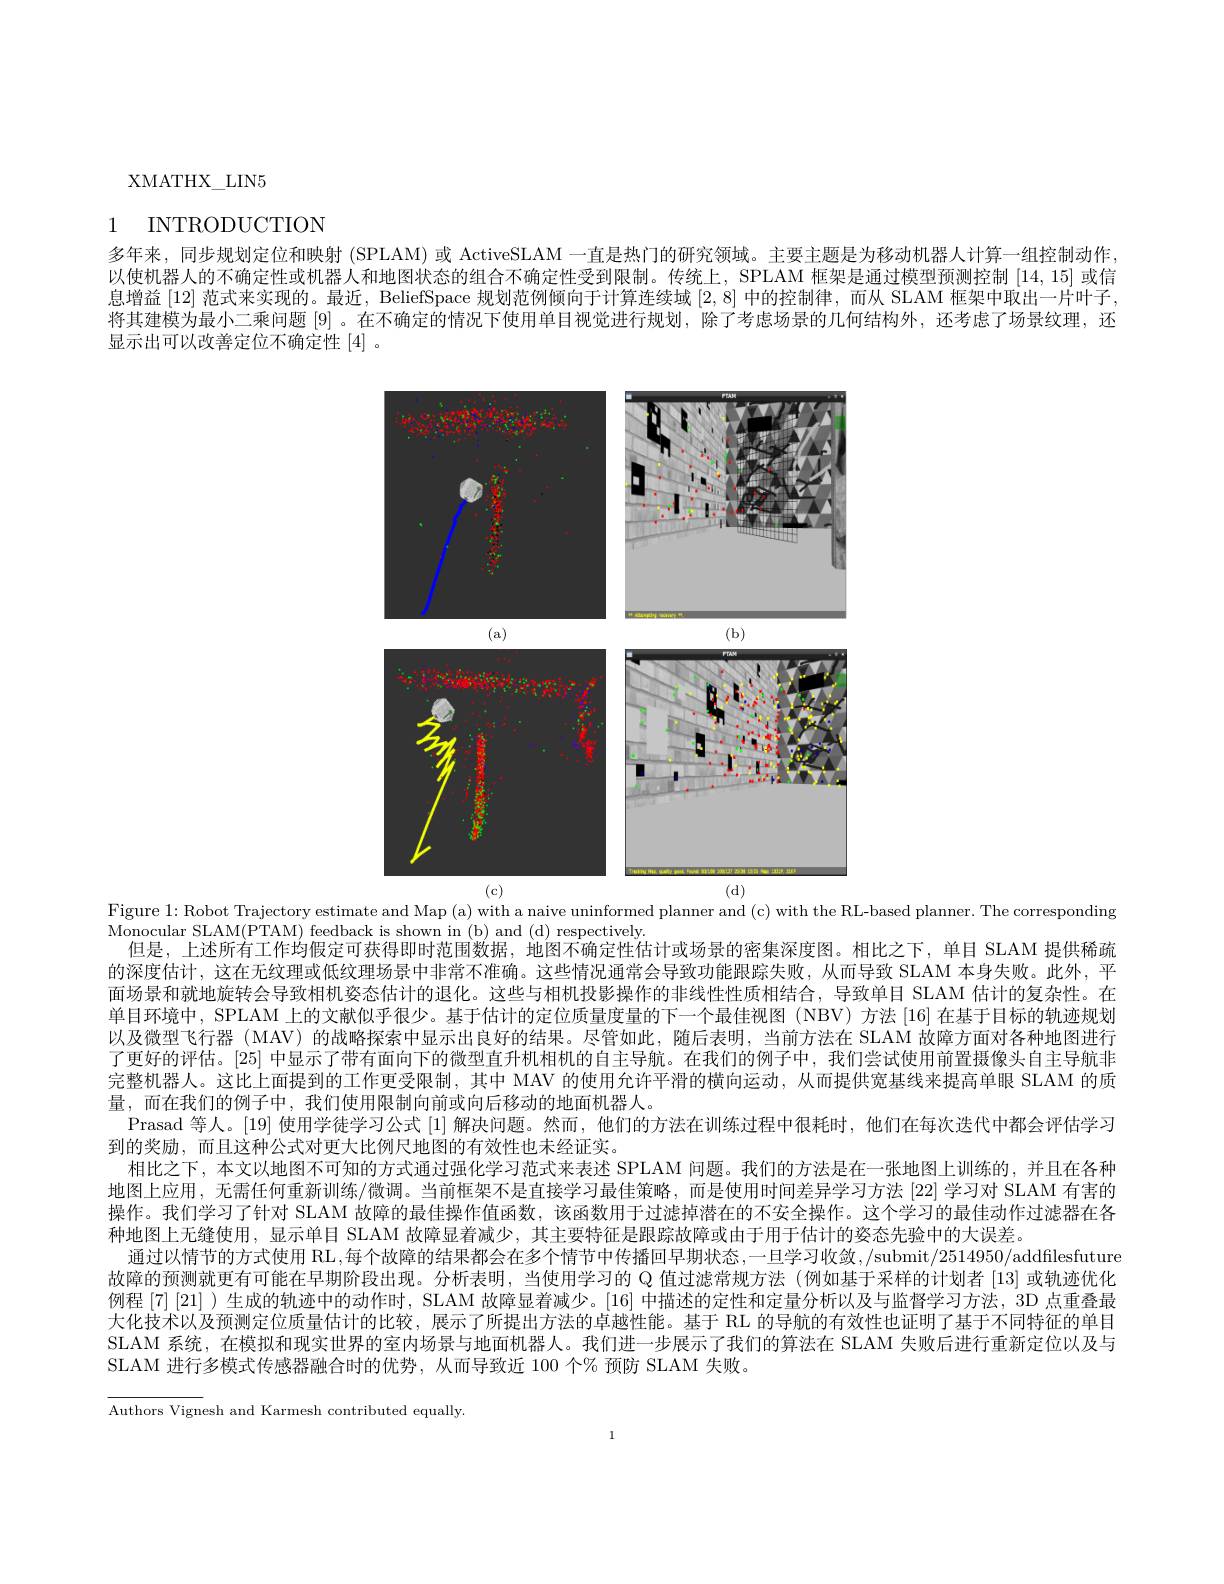
XMATHX\_LIN5

# 1 INTRODUCTION

多年来，同步规划定位和映射 (SPLAM) 或 ActiveSLAM 一直是热门的研究领域。主要主题是为移动机器人计算一组控制动作， 以使机器人的不确定性或机器人和地图状态的组合不确定性受到限制。传统上，SPLAM 框架是通过模型预测控制[14,15]或信息增益[12]范式来实现的。最近，BeliefSpace 规划范例倾向于计算连续域[2,8]中的控制律，而从 SLAM 框架中取出一片叶子将其建模为最小二乘问题[9] 。在不确定的情况下使用单目视觉进行规划，除了考虑场景的几何结构外，还考虑了场景纹理，还显示出可以改善定位不确定性[4] 。

<FigureHere>
(c)
(d)

Figure 1: Robot Trajectory estimate and Map (a) with a naive uninformed planner and (c) with the RL-based planner. The corresponding
$\bar{\text{Monocular SLAM(PTAM) feedback is shown in (b) and (d) respectively.}}$
但是，上述所有工作均假定可获得即时范围数据，地图不确定性估计或场景的密集深度图。相比之下，单目 SLAM 提供稀疏的深度估计，这在无纹理或低纹理场景中非常不准确。这些情况通常会导致功能跟踪失败，从而导致 SLAM 本身失败。此外，平面场景和就地旋转会导致相机姿态估计的退化。这些与相机投影操作的非线性性质相结合，导致单目 SLAM 估计的复杂性。在单目环境中，SPLAM 上的文献似乎很少。基于估计的定位质量度量的下一个最佳视图(NBV) 方法 [16] 在基于目标的轨迹规划以及微型飞行器 (MAV) 的战略探索中显示出良好的结果。尽管如此，随后表明，当前方法在 SLAM 故障方面对各种地图进行了更好的评估。[25]中显示了带有面向下的微型直升机相机的自主导航。在我们的例子中，我们尝试使用前置摄像头自主导航非完整机器人。这比上面提到的工作更受限制，其中 MAV 的使用允许平滑的横向运动，从而提供宽基线来提高单眼 SLAM 的质量，而在我们的例子中，我们使用限制向前或向后移动的地面机器人，
Prasad 等人。[19] 使用学徒学习公式[1]解决问题。然而，他们的方法在训练过程中很耗时，他们在每次迭代中都会评估学习
到的奖励，而且这种公式对更大比例尺地图的有效性也未经证实。
相比之下，本文以地图不可知的方式通过强化学习范式来表述 SPLAM 问题。我们的方法是在一张地图上训练的，并且在各种地图上应用，无需任何重新训练/微调。当前框架不是直接学习最佳策略，而是使用时间差异学习方法[22]学习对 SLAM 有害的操作。我们学习了针对 SLAM 故障的最佳操作值函数，该函数用于过滤掉潜在的不安全操作。这个学习的最佳动作过滤器在各种地图上无缝使用，显示单目 SLAM 故障显着减少，其主要特征是跟踪故障或由于用于估计的姿态先验中的大误差。
通过以情节的方式使用 RL,每个故障的结果都会在多个情节中传播回早期状态，一旦学习收敛，/submit/2514950/addfilesfuture 故障的预测就更有可能在早期阶段出现。分析表明，当使用学习的 Q 值过滤常规方法 (例如基于采样的计划者 [13]或轨迹优化例程 [7] [21] )生成的轨迹中的动作时，SLAM 故障显着减少。[16]中描述的定性和定量分析以及与监督学习方法，3D 点重叠最大化技术以及预测定位质量估计的比较，展示了所提出方法的卓越性能。基于 RL 的导航的有效性也证明了基于不同特征的单目SLAM 系统，在模拟和现实世界的室内场景与地面机器人。我们进一步展示了我们的算法在 SLAM 失败后进行重新定位以及与SLAM 进行多模式传感器融合时的优势，从而导致近 100 个% 预防 SLAM 失败。

Authors Vignesh and Karmesh contributed equally.

1